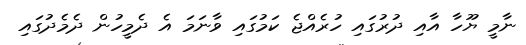
ނާމީ ޔޫހާ އާއި ދުރުގައި ހުރެއްޖެ ކަމުގައި ވާނަމަ އެ ދެމީހުން ދެމެދުގައި